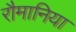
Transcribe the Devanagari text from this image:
रौमानिया